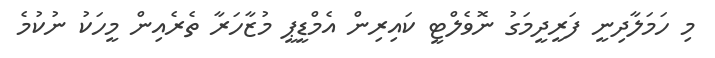
މި ހަމަލާދިނީ ފަރީދީމަގު ނޮވެލްޓީ ކައިރިން އެމްޑީޕީ މުޒާހަރާ ތެރެއިން މީހަކު ނުކުމެ